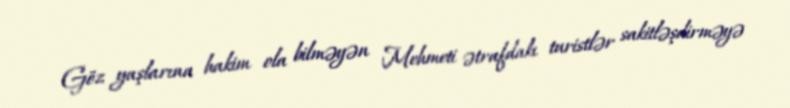
Göz yaşlarına hakim ola bilməyən Mehmeti ətrafdakı turistlər sakitləşdirməyə